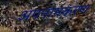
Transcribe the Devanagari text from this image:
अपनामकरण